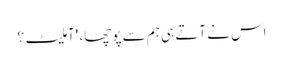
اس نے آتے ہی ہم سے پوچھا، 'آملیٹ؟